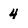
Character: 4